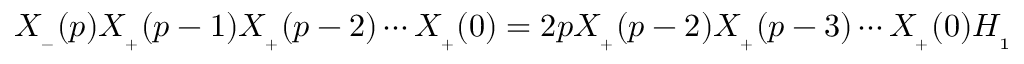
X _ { _ { - } } ( p ) X _ { _ { + } } ( p - 1 ) X _ { _ { + } } ( p - 2 ) \cdots X _ { _ { + } } ( 0 ) = 2 p X _ { _ { + } } ( p - 2 ) X _ { _ { + } } ( p - 3 ) \cdots X _ { _ { + } } ( 0 ) { \cal H } _ { _ { 1 } }